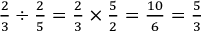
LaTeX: \textstyle { { \frac { 2 } { 3 } } \div { \frac { 2 } { 5 } } = { \frac { 2 } { 3 } } \times { \frac { 5 } { 2 } } = { \frac { 1 0 } { 6 } } = { \frac { 5 } { 3 } } }